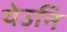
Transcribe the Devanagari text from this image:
येउनि